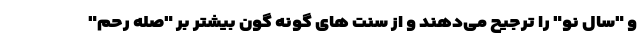
و "سال نو" را ترجیح می‌دهند و از سنت های گونه گون بیشتر بر "صله رحم"